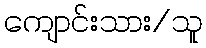
ကျောင်းသား/သူ